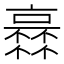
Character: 𠆏